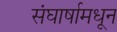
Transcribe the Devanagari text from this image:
संघार्षामधून